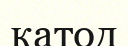
катод